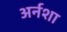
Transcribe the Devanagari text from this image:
अर्नशा